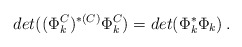
\begin{align*}det((\Phi_k^C)^{*(C)}\Phi_k^C)=det(\Phi_k^*\Phi_k)\,. \end{align*}